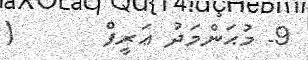
9- މުޙަންމަދު ޢަރީފް       (